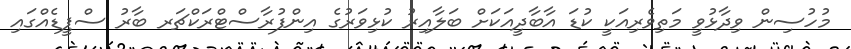
މުހުސިން ވިދާޅުވީ މަތިވެރިއަކީ ކުޑަ އާބާދީއަކަށް ބަލާއިރު ކުޅިވަރުގެ އިންފުރާސްޓްރަކްޗަރ ބާރު ސްޕީޑެއްގައި